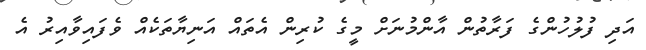
އަދި ފުލުހުންގެ ފަރާތުން އާންމުނަށް މީގެ ކުރިން އެތައް އަނިޔާތަކެއް ވެފައިވާއިރު އެ